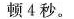
顿4秒.